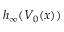
h _ { \infty } ( V _ { 0 } ( x ) )